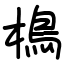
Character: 樢